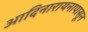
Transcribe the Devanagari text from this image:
आदिनारायनापासून